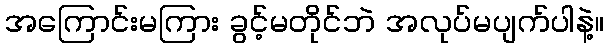
အကြောင်းမကြား ခွင့်မတိုင်ဘဲ အလုပ်မပျက်ပါနဲ့။